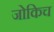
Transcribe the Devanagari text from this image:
जोकिच